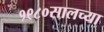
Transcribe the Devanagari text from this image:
१९८०सालच्या